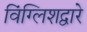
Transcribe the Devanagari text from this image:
विंग्लिशद्वारे